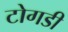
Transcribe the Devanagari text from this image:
टोगडी